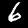
Label: 6